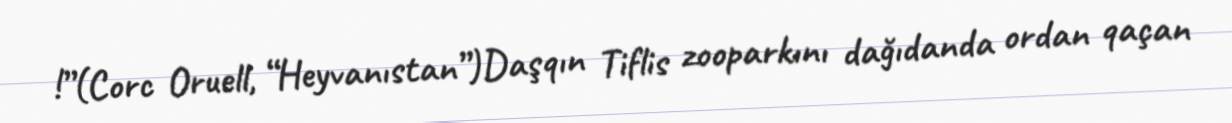
!”(Corc Oruell, “Heyvanıstan”)Daşqın Tiflis zooparkını dağıdanda ordan qaçan